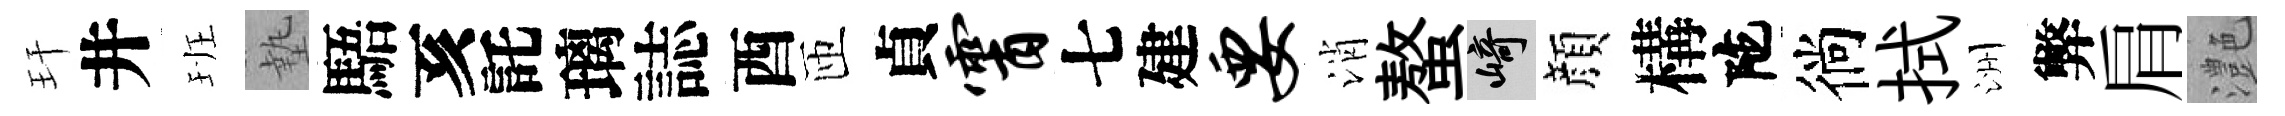
玕井班墊䮏亥託璃誌酉匝貞霄七建要消螯崎顔構陀徜拭洲弊肩灔